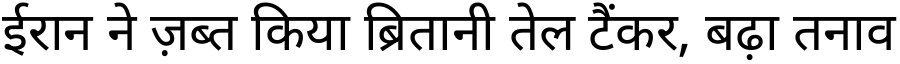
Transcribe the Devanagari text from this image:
ईरान ने ज़ब्त किया ब्रितानी तेल टैंकर, बढ़ा तनाव